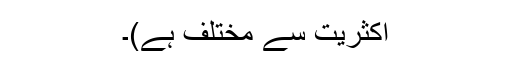
اکثریت سے مختلف ہے)۔